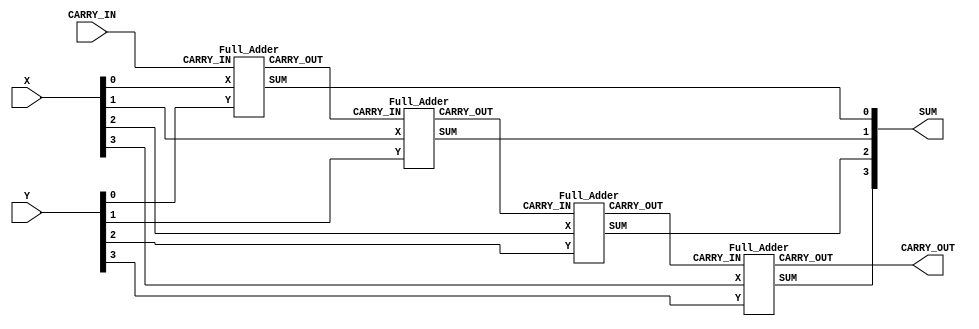
//Design
module fulladder4b (
  // Input, output port 
  output wire [3:0] SUM,
  output wire CARRY_OUT,
  input wire [3:0] X,
  input wire [3:0] Y,
  input wire CARRY_IN
  );
  //  wire 
  wire c1, c2, c3;
  //  module instantiation
  Full_Adder fu0(
    .SUM		(SUM[0]),
    .CARRY_OUT	(c1),
    .X			(X[0]),
    .Y			(Y[0]),
    .CARRY_IN	(CARRY_IN)
  );
  Full_Adder fu1(
    .SUM		(SUM[1]),
    .CARRY_OUT	(c2),
    .X			(X[1]),
    .Y			(Y[1]),
    .CARRY_IN	(c1)
  );
  Full_Adder fu2(
    .SUM		(SUM[2]),
    .CARRY_OUT	(c3),
    .X			(X[2]),
    .Y			(Y[2]),
    .CARRY_IN	(c2)
  );
  Full_Adder fu3(
    .SUM		(SUM[03]),
    .CARRY_OUT	(CARRY_OUT),
    .X			(X[3]),
    .Y			(Y[3]),
    .CARRY_IN	(c3)
  );
  
endmodule

module Full_Adder (
  // Input, output port 
  output wire SUM, CARRY_OUT,
  input wire X, Y, CARRY_IN
);
  //  wire 
  wire sum1;
  wire carry1, carry2;
  //  module instantiation
  Half_Adder ha0 ( 
    .SUM	(sum1),
    .CARRY	(carry1),
    .X	(X),
    .Y	(Y)
  );
  Half_Adder ha1 (
    .SUM	(SUM),
    .CARRY	(carry2),
    .X	(CARRY_IN),
    .Y	(sum1)
  );
  // Gates instantiations
  or(CARRY_OUT, carry1, carry2);
endmodule


module Half_Adder (
  output wire SUM, CARRY,
  input wire X, Y
);
  xor(SUM, X, Y);
  and(CARRY, X, Y);
endmodule

//testbench
`timescale 10ns/1ps
module tb_ripple_carry_adder;
  // Input  
  reg [3:0] X;
  reg [3:0] Y;
  reg CARRY_IN;
  // Output  
  wire [3:0] SUM;
  wire CARRY_OUT;
  // DUT instantiation
  fulladder4b u_fulladder4b(
    .SUM			(SUM),
    .CARRY_OUT		(CARRY_OUT),
    .X				(X),
    .Y				(Y),
    .CARRY_IN		(CARRY_IN)
  );
    
  // Simulations
  initial
    begin
      /* Fill this part  4+8, 3+7, 12+5  */
      X = 4; Y = 8; CARRY_IN =0;
      #5;
      X = 3; Y = 7; CARRY_IN =0;
      #5;
      X = 12; Y = 5; CARRY_IN =0;
      #5;
   end
  initial begin
    $dumpfile("a.vcd");
    $dumpvars(0, tb_ripple_carry_adder);
  end
endmodule